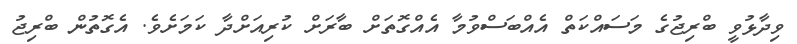
ވިދާޅުވީ ބްރިޖުގެ މަސައްކަތް އެއްބަސްވުމާ އެއްގޮތަށް ބާރަށް ކުރިއަށްދާ ކަމަށެވެ. އެގޮތުން ބްރިޖު